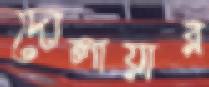
দোলায়ার